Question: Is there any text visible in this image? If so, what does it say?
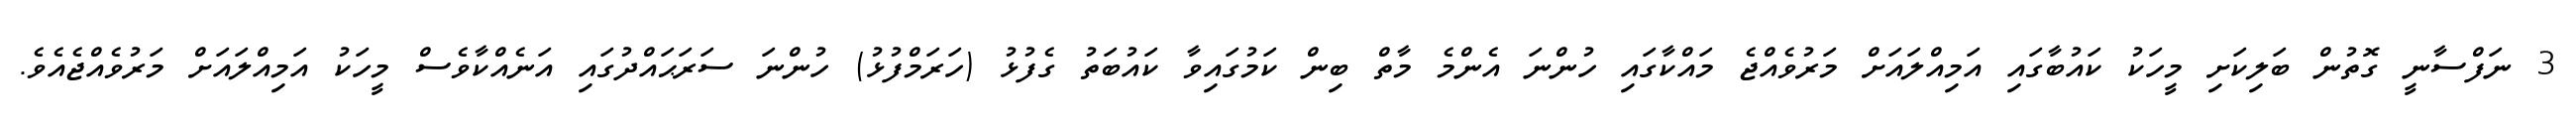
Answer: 3 ނަފްސާނީ ގޮތުން ބަލިކަށި މީހަކު ކައުބާގައި އަމިއްލައަށް މަރުވެއްޖެ މައްކާގައި ހުންނަ އެންމެ މާތް ބިން ކަމުގައިވާ ކައުބަތު ގެފުޅު (ހަރަމްފުޅު) ހުންނަ ސަރަޙައްދުގައި އަނެއްކާވެސް މީހަކު އަމިއްލައަށް މަރުވެއްޖެއެވެ.